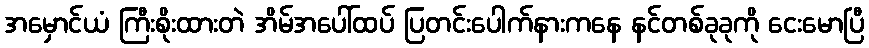
အမှောင်ယံ ကြီးစိုးထားတဲ အိမ်အပေါ်ထပ် ပြတင်းပေါက်နားကနေ နင်တစ်ခုခုကို ငေးမောပြီ